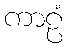
ကာဠံ